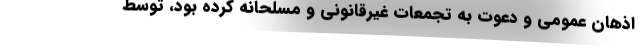
اذهان عمومی و دعوت به تجمعات غیر‌قانونی و مسلحانه کرده بود، توسط